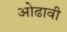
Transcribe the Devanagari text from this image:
ओढावी